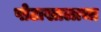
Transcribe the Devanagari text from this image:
पोटाखालाचा